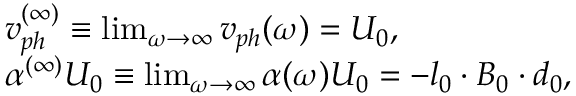
\begin{array} { r l } & { v _ { p h } ^ { ( \infty ) } \equiv \operatorname* { l i m } _ { \omega \rightarrow \infty } v _ { p h } ( \omega ) = U _ { 0 } , } \\ & { \alpha ^ { ( \infty ) } U _ { 0 } \equiv \operatorname* { l i m } _ { \omega \rightarrow \infty } \alpha ( \omega ) U _ { 0 } = - \boldsymbol { l } _ { 0 } \cdot \boldsymbol { B } _ { 0 } \cdot \boldsymbol { d } _ { 0 } , } \end{array}